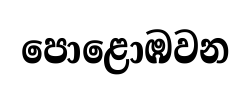
පොළොඹවන